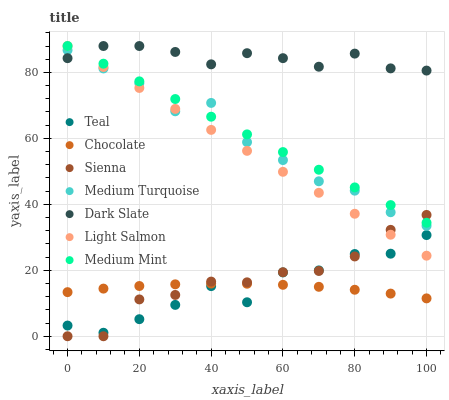
| xaxis_label | Teal | Chocolate | Sienna | Medium Turquoise | Dark Slate | Light Salmon | Medium Mint |
 | --- | --- | --- | --- | --- | --- | --- | --- |
 | 0 | 3.24 | 13.4 | 0 | 86.7 | 84.3 | 88 | 88 |
 | 10 | 1.06 | 14.4 | 0 | 81.2 | 88 | 81.6 | 82.6 |
 | 20 | 5.18 | 15.2 | 11.2 | 76.7 | 88 | 75.3 | 77.3 |
 | 30 | 9.51 | 15.7 | 12.5 | 68.2 | 86.2 | 68.9 | 71.9 |
 | 40 | 15.2 | 16 | 16.6 | 70.7 | 82.4 | 62.6 | 66.6 |
 | 50 | 10.3 | 15.9 | 16.3 | 58.9 | 85.8 | 56.2 | 61.2 |
 | 60 | 19.4 | 15.6 | 19.4 | 53.4 | 84.3 | 49.9 | 55.8 |
 | 70 | 20 | 15 | 19.8 | 47 | 81.7 | 43.5 | 50.5 |
 | 80 | 24.9 | 14.1 | 24.2 | 44.1 | 85.7 | 37.1 | 45.1 |
 | 90 | 25 | 12.9 | 32.3 | 37.6 | 81.2 | 30.8 | 39.8 |
 | 100 | 30.7 | 11.5 | 36.8 | 33.5 | 80.6 | 24.4 | 34.4 |